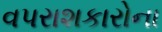
વપરાશકારોના